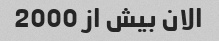
الان بیش از 2000